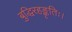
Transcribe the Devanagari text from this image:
बुद्धिरहङ्कृतिः।